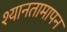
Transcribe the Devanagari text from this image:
श्यानतामापन